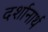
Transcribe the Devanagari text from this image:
दर्शानार्थ